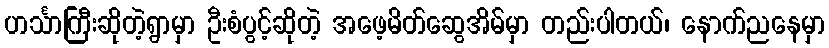
ဟင်္သာကြီးဆိုတဲ့ရွာမှာ ဦးစံပွင့်ဆိုတဲ့ အဖေ့မိတ်ဆွေအိမ်မှာ တည်းပါတယ်၊ နောက်ညနေမှာ